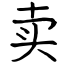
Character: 卖